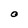
Character: O